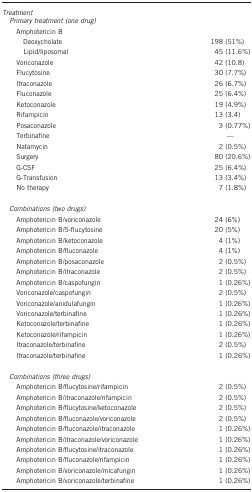
| <COLSPAN=2> Treatment |
 | --- | --- |
 | <COLSPAN=2> Primary treatment (one drug) |
 | Amphotericin B |  |
 | Deoxycholate | 198 (51%) |
 | Lipid/liposomal | 45 (11.6%) |
 | Voriconazole | 42 (10.8) |
 | Flucytosine | 30 (7.7%) |
 | Itraconazole | 26 (6.7%) |
 | Fluconazole | 25 (6.4%) |
 | Ketoconazole | 19 (4.9%) |
 | Rifampicin | 13 (3.4) |
 | Posaconazole | 3 (0.77%) |
 | Terbinafine | — |
 | Natamycin | 2 (0.5%) |
 | Surgery | 80 (20.6%) |
 | G-CSF | 25 (6.4%) |
 | G-Transfusion | 13 (3.4%) |
 | No therapy | 7 (1.8%) |
 | <COLSPAN=2>  |
 | <COLSPAN=2> Combinations (two drugs) |
 | Amphotericin B/voriconazole | 24 (6%) |
 | Amphotericin B/5-flucytosine | 20 (5%) |
 | Amphotericin B/ketoconazole | 4 (1%) |
 | Amphotericin B/fluconazole | 4 (1%) |
 | Amphotericin B/posaconazole | 2 (0.5%) |
 | Amphotericin B/itraconazole | 2 (0.5%) |
 | Amphotericin B/caspofungin | 1 (0.26%) |
 | Voriconazole/caspofungin | 2 (0.5%) |
 | Voriconazole/anidulafungin | 1 (0.26%) |
 | Voriconazole/terbinafine | 1 (0.26%) |
 | Ketoconazole/terbinafine | 1 (0.26%) |
 | Ketoconazole/rifampicin | 1 (0.26%) |
 | Itraconazole/terbinafine | 2 (0.5%) |
 | Itraconazole/terbinafine | 1 (0.26%) |
 | <COLSPAN=2>  |
 | <COLSPAN=2> Combinations (three drugs) |
 | Amphotericin B/flucytosine/rifampicin | 2 (0.5%) |
 | Amphotericin B/itraconazole/rifampicin | 2 (0.5%) |
 | Amphotericin B/flucytosine/ketoconazole | 2 (0.5%) |
 | Amphotericin B/fluconazole/voriconazole | 2 (0.5%) |
 | Amphotericin B/fluconazole/itraconazole | 1 (0.26%) |
 | Amphotericin B/itraconazole/voriconazole | 1 (0.26%) |
 | Amphotericin B/flucytosine/itraconazole | 1 (0.26%) |
 | Amphotericin B/fluconazole/rifampicin | 1 (0.26%) |
 | Amphotericin B/voriconazole/micafungin | 1 (0.26%) |
 | Amphotericin B/voriconazole/terbinafine | 1 (0.26%) |